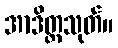
အာဒိတ္တသုတ်။